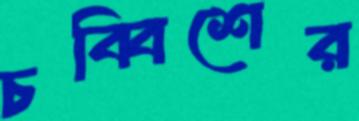
চব্বিশের